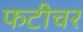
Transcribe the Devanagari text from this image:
फटीचर